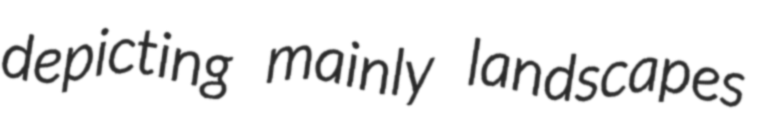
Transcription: depicting mainly landscapes